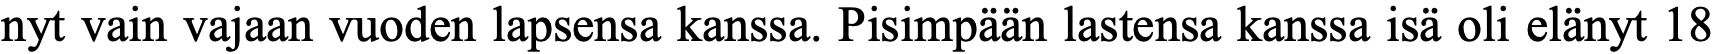
nyt vain vajaan vuoden lapsensa kanssa. Pisimpään lastensa kanssa isä oli elänyt 18